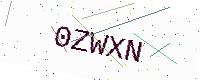
Text: 0ZWXN